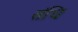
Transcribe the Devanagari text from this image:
संधिः